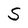
Character: S